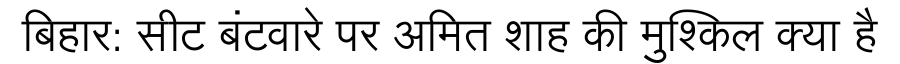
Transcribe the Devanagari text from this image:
बिहार: सीट बंटवारे पर अमित शाह की मुश्किल क्या है